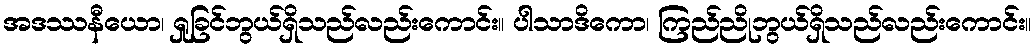
အဒဿနီယော၊ ရှုခြင်ဘွယ်ရှိသည်လည်းကောင်း။ ပါသာဒိကော၊ ကြည်ညိုဘွယ်ရှိသည်လည်းကောင်း။